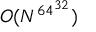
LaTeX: O ( N ^ { 6 4 ^ { 3 2 } } )